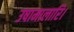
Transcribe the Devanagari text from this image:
उषामालारि।